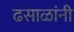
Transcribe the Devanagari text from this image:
ढसाळांनी